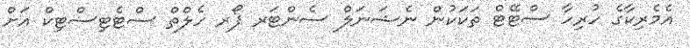
އެމެރިކާގެ ހުރިހާ ސްޓޭޓް ތަކަކުން ނެޝަނަލް ސެންޓަރ ފޯރ ހެލްތް ސްޓެޓިސްޓިކް އަށް